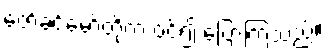
ဇော်ခင်မော်တို့က ဝင်၍ ပြောကြသည်။